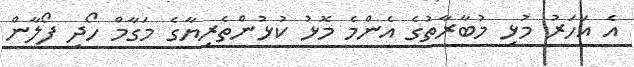
އެ އަހަރު މުޅި މުބާރާތުގެ އެންމެ މޮޅު ކުޅުންތެރިޔާގެ މަގާމް ހޯދި ފޯލާން